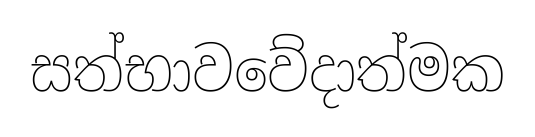
සත්භාවවේදාත්මක